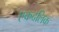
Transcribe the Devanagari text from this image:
एकदलिक